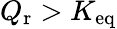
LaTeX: Q_{\mathrm{r}}>K_{\mathrm{eq}}